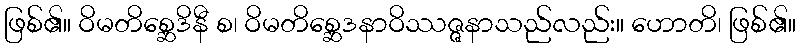
ဖြစ်၏။ ဝိမတိစ္ဆေဒိနီ စ၊ ဝိမတိစ္ဆေဒနာဝိဿဇ္ဇနာသည်လည်း။ ဟောတိ၊ ဖြစ်၏။